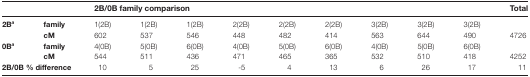
| <COLSPAN=2>  | <COLSPAN=9> 2B/0B family comparison | Total |
 | --- | --- | --- | --- | --- | --- | --- | --- | --- | --- | --- | --- |
 | <ROWSPAN=2> 2Ba | family | 1(2B) | 1(2B) | 1(2B) | 2(2B) | 2(2B) | 2(2B) | 3(2B) | 3(2B) | 3(2B) |  |
 | cM | 602 | 537 | 546 | 448 | 482 | 414 | 563 | 644 | 490 | 4726 |
 | <ROWSPAN=2> 0Ba | family | 4(0B) | 5(0B) | 6(0B) | 4(0B) | 5(0B) | 6(0B) | 4(0B) | 5(0B) | 6(0B) |  |
 | cM | 544 | 511 | 436 | 471 | 465 | 365 | 532 | 510 | 418 | 4252 |
 | <COLSPAN=2> 2B/0B % difference | 10 | 5 | 25 | -5 | 4 | 13 | 6 | 26 | 17 | 11 |